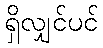
ရှိလျှင်ပင်